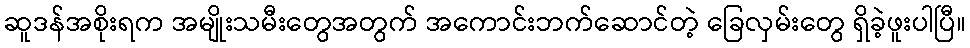
ဆူဒန်အစိုးရက အမျိုးသမီးတွေအတွက် အကောင်းဘက်ဆောင်တဲ့ ခြေလှမ်းတွေ ရှိခဲ့ဖူးပါပြီ။